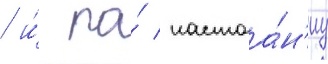
/ и́ по́ настоа́н'иу